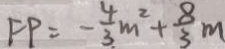
F P = - \frac { 4 } { 3 } m ^ { 2 } + \frac { 8 } { 3 } m